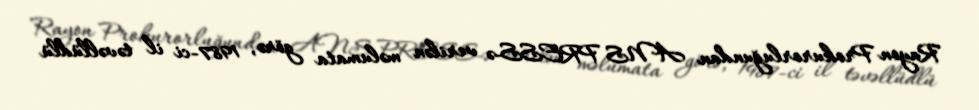
Rayon Prokurorluğundan ANS PRESS-ə verilən məlumata görə, 1987-ci il təvəllüdlü